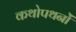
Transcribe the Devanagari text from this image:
कथोपथनों